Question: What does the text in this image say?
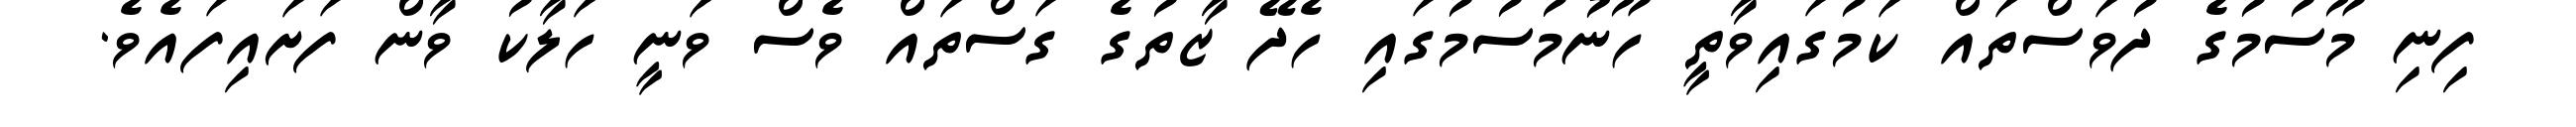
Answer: ފިނި މޫސުމުގެ ދުވަސްތައް ކަމުގައިވާތީ ހޫނުމުސުމުގައި ހެދޭ ޒާތުގެ ގަސްތައް ވެސް ވަނީ ހަލާކު ވާން ފަށައިފައެވެ.